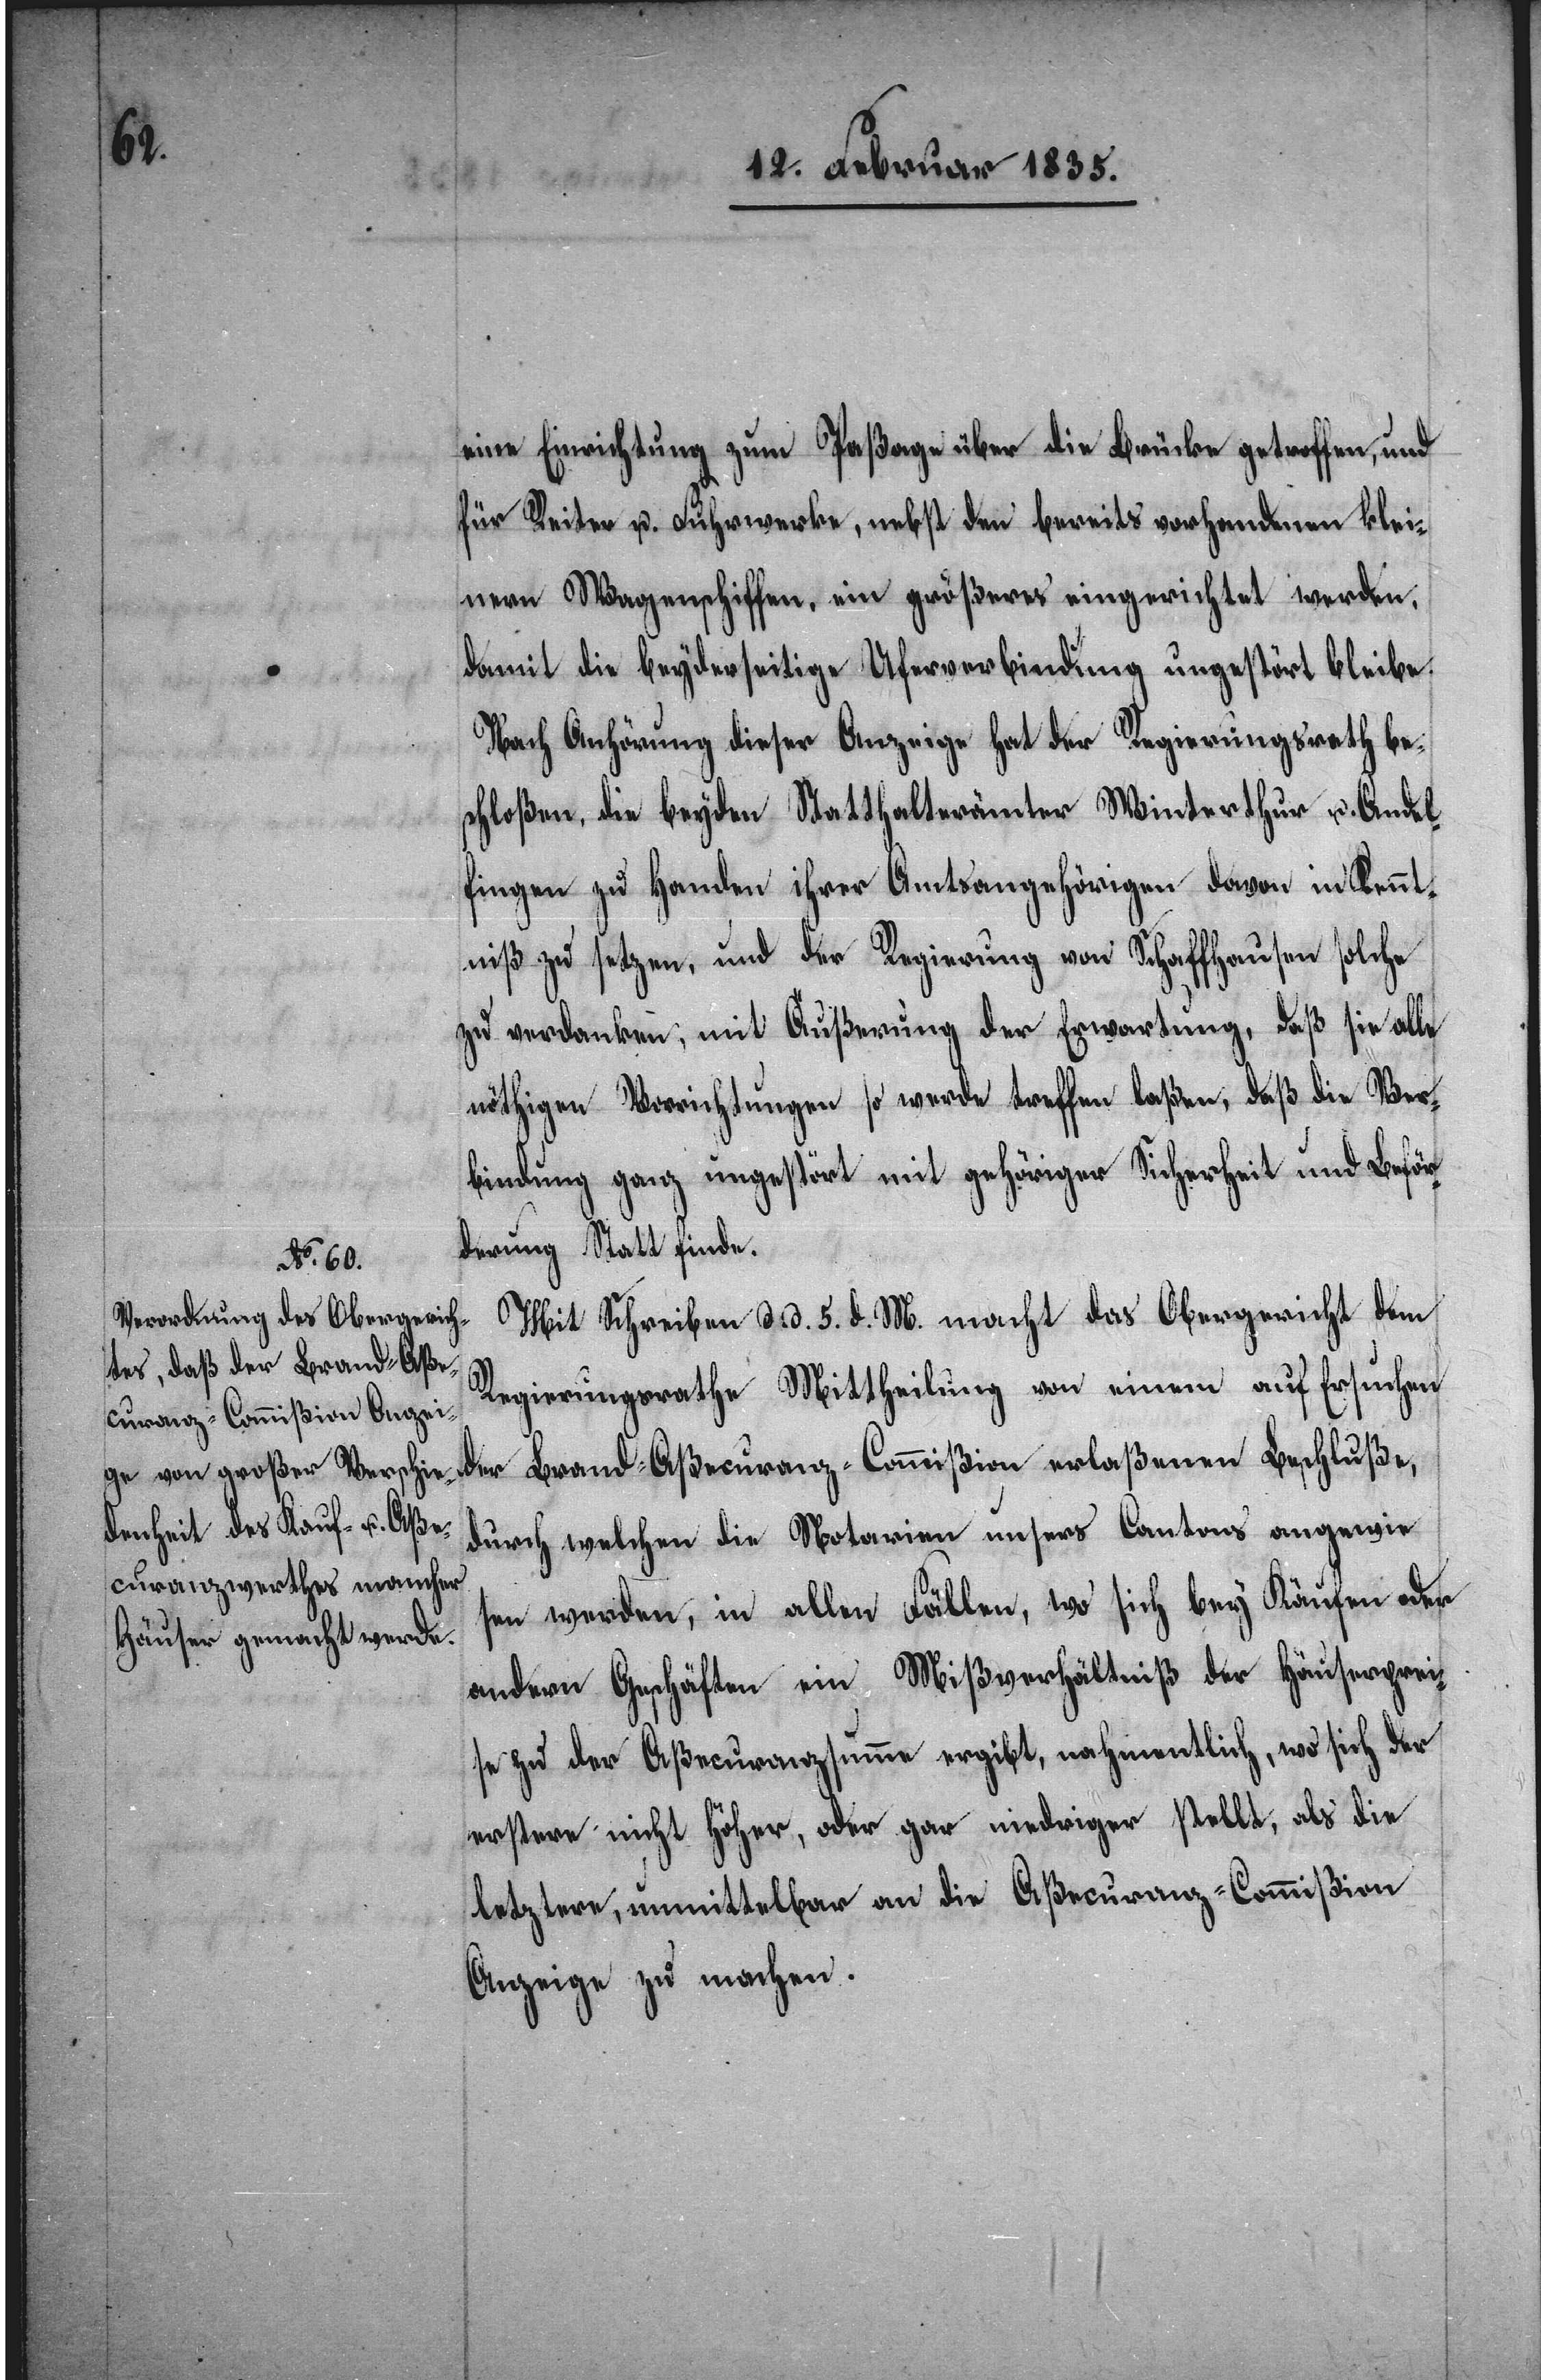
eine Einrichtung zum Paßage über die Brücke getroffen, und
für Reiter u. Fuhrwerke, ein größeres eingerichtet werden,
damit die beyderseitige Uferverbindung ungestört bleibe.
Nach Anhörung dieser Anzeige hat der Regierungsrath be¬
schloßen, die beyden Statthalterämter Winterthur u. Andel¬
fingen zu Handen ihrer Amtsangehörigen davon in Kennt¬
niß zu setzen, und der Regierung von Schaffhausen solche
zu verdanken, mit Äußerung der Erwartung, daß sie alle
nöthigen Vorrichtungen so werde treffen laßen, daß die Ver¬
bindung ganz ungestört mit gehöriger Sicherheit und Beför¬
derung Statt finde.
Mit Schreiben d. d. 5. d. M. macht das Obergericht dem
Regierungsrathe Mittheilung von einem auf Ersuchen
durch welchen die Notarien unsers Cantons angewie¬
sen wurden, in allen Fällen, wo sich bey Käufen oder
andern Geschäften ein Mißverhältniß der Häuserprei¬
se zu der Aßecuranzsumme ergibt, nahmentlich, wo sich der
erstere nicht höher, oder gar niedriger stellt, als die
letztern, unmittelbar an die Aßecuranz-Commißion
Anzeige zu machen.